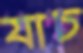
যাচ